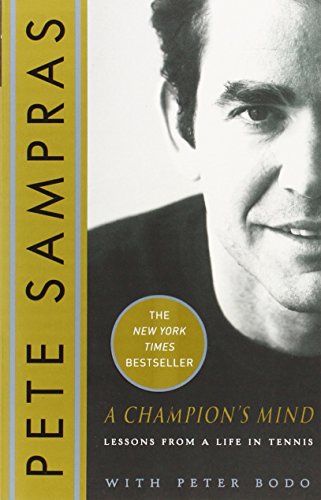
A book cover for A Champion's Mind: Lessons from a Life in Tennis; Pete Sampras; Sports & Outdoors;